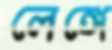
লেঙ্গে